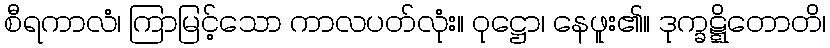
စီရကာလံ၊ ကြာမြင့်သော ကာလပတ်လုံး။ ဝုဋ္ဌော၊ နေဖူး၏။ ဒုက္ခဋ္ဋိတောတိ၊